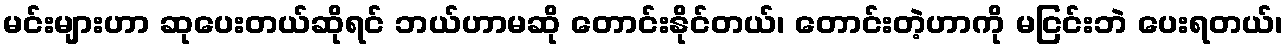
မင်းများဟာ ဆုပေးတယ်ဆိုရင် ဘယ်ဟာမဆို တောင်းနိုင်တယ်၊ တောင်းတဲ့ဟာကို မငြင်းဘဲ ပေးရတယ်၊